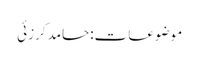
موضوعات:حامد کرزئی